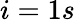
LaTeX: i=1s